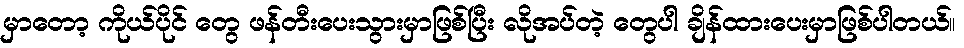
မှာတော့ ကိုယ်ပိုင် တွေ ဖန်တီးပေးသွားမှာဖြစ်ပြီး လိုအပ်တဲ့ တွေပါ ချိန်ထားပေးမှာဖြစ်ပါတယ်။